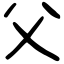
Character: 父